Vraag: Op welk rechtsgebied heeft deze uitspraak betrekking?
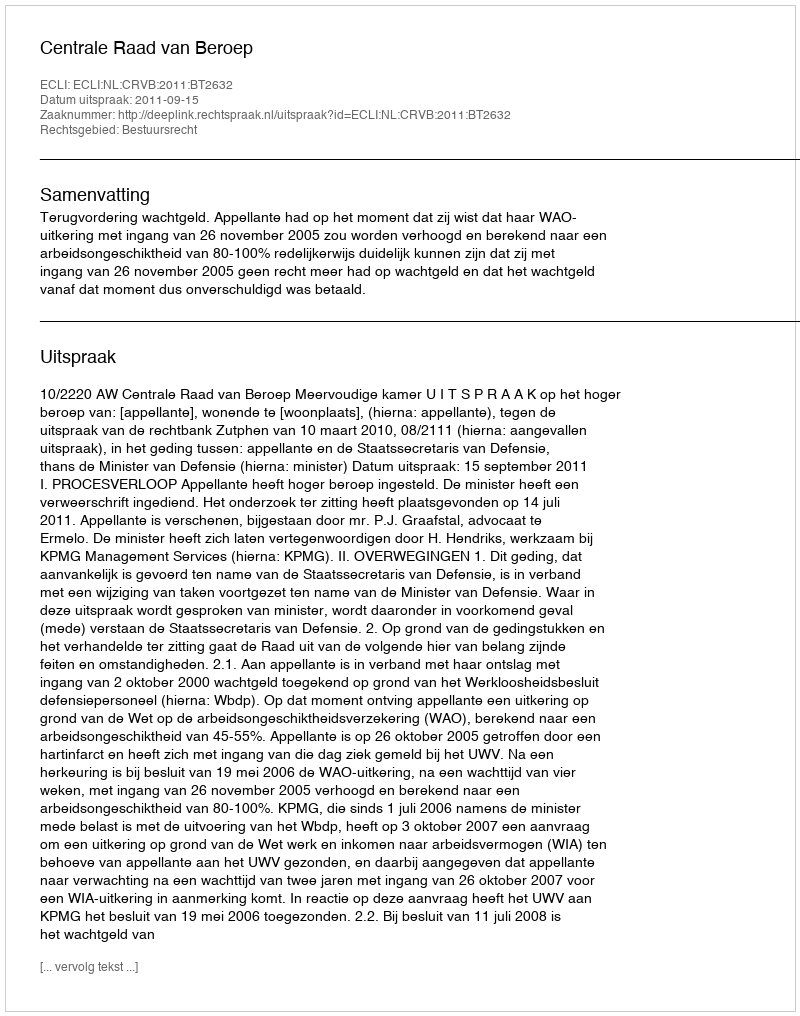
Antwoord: Bestuursrecht